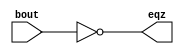
module COMP(eqz, bout);
    input [15:0] bout;
    output eqz;
    assign eqz = (bout==0);
endmodule